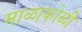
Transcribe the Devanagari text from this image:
माळाकोळी